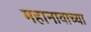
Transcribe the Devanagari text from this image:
महानावाच्या